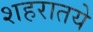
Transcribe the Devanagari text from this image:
शहरातये